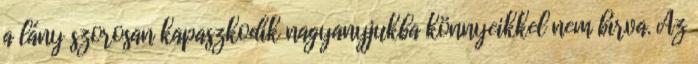
a lány szorosan kapaszkodik nagyanyjukba könnyeikkel nem bírva. Az